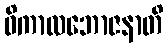
ဝိကာလဘောဇနာတိ